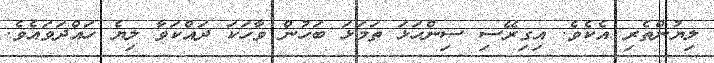
ލިޔުންތެރި އެކެވެ. އިގިރޭސި ސިންހަޅަ ތަމަޅަ ބަހުން ވާހަކަ ދައްކަވާ ލިޔެ ހައްދަވައެވެ.